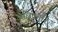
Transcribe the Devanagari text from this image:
अधिकारि